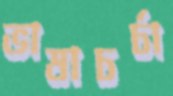
ভাষাচর্চা